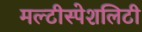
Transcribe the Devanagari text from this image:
मल्टीस्पेशलिटी